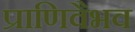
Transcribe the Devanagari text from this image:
प्राणिवैभव